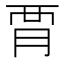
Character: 𧟩